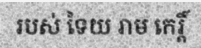
របស់ ទៃយ រាម កេរ្តិ៍